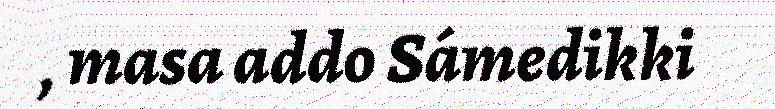
, masa addo Sámedikki